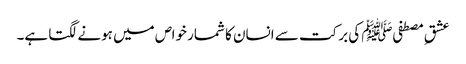
عشقِ مصطفیﷺ کی برکت سے انسان کا شمار خواص میں ہونے لگتا ہے۔